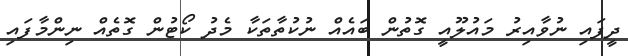
ދީފައި ނުވާއިރު މައުލޫއީ ގޮތުން ބައެއް ނުކުތާތަކާ މެދު ކޯޓުން ގޮތެއް ނިންމާފައި